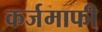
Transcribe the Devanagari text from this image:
कर्जमाफी